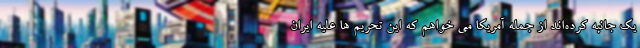
یک جانبه کرده‌اند از جمله آمریکا می خواهم که این تحریم ها علیه ایران